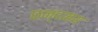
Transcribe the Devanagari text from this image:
छन्दमय